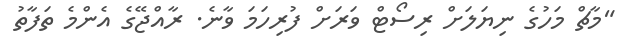
"މާޗް މަހުގެ ނިޔަލަށް ރިސޯޓް ވަރަށް ފުރިހަމަ ވާނެ. ރާއްޖޭގެ އެންމެ ތަފާތު